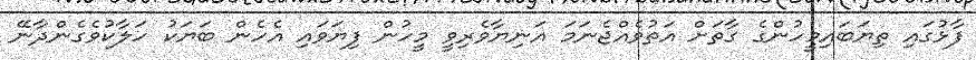
ފާޅުގައި ތިޔަބައިމީހުންގެ ގާތަށް އަތުވެއްޖެނަމަ އަނިޔާވެރިވީ މީހުން ފިޔަވައި އެހެން ބަޔަކު ހަލާކުވެގެންދާނޭ